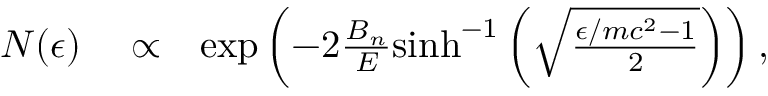
\begin{array} { r l r } { N ( \epsilon ) } & { { } \propto } & { \exp \left( - 2 \frac { B _ { n } } { E } \mathrm { s i n h } ^ { - 1 } \left( \sqrt { \frac { \epsilon / m c ^ { 2 } - 1 } { 2 } } \right) \right) , } \end{array}